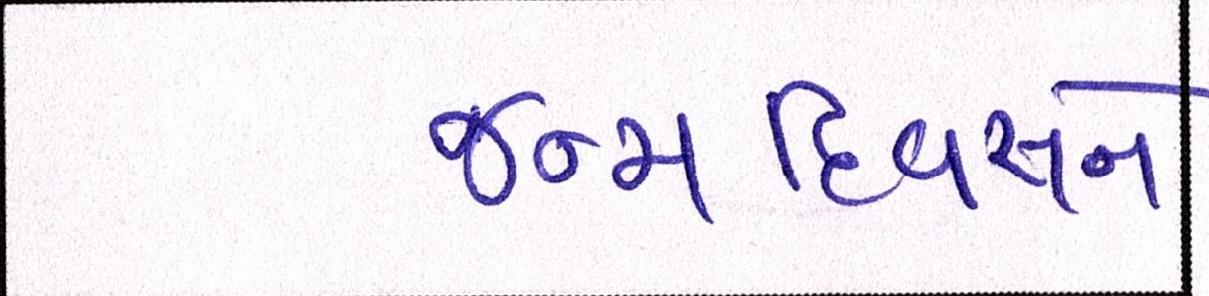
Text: જન્મદિવસને